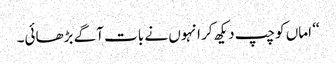
‘‘ اماں کو چپ دیکھ کر انہوں نے بات آگے بڑھائی۔